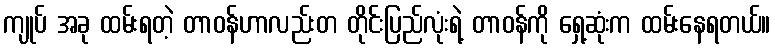
ကျုပ် အခု ထမ်းရတဲ့ တာဝန်ဟာလည်းတ တိုင်းပြည်လုံးရဲ့ တာဝန်ကို ရှေ့ဆုံးက ထမ်းနေရတယ်။